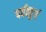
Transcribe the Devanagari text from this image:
पर्वतदुर्ग